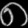
Digit: ၈